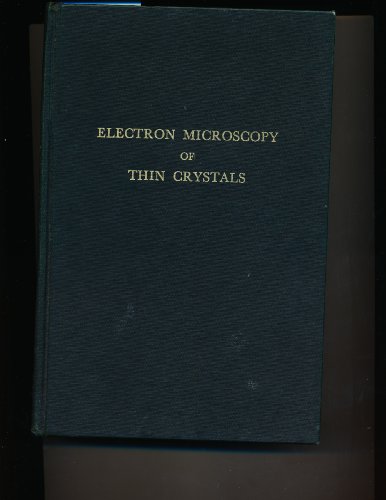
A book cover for Electron Microscopy of Thin Crystals; Peter B. Hirsch; Science & Math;